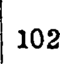
102